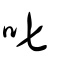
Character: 叱